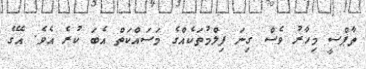
ތާޕްސީ މިހާރު ވެސް ގިނަ ފިލްމުތަކެއްގެ މަސައްކަތް އެބަ ކުރެ އެވެ. އޭގެ